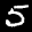
Label: 5